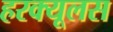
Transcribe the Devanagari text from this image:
हरक्‍यूलस